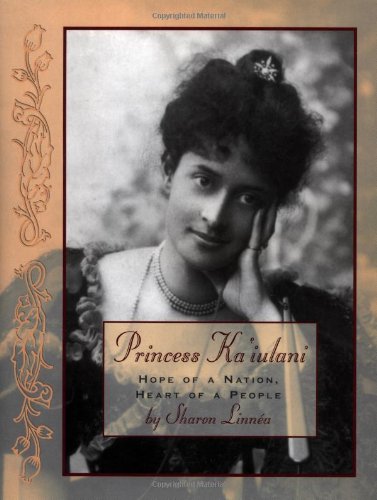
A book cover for Princess Ka'iulani: Hope of a Nation, Heart of a People (Women of Spirit); Sharon Linnea; Teen & Young Adult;